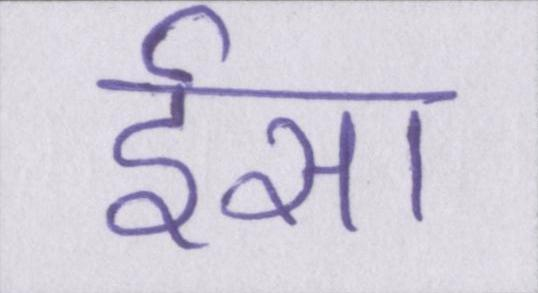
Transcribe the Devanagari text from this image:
ईसा